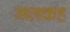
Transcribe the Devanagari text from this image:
मलकह